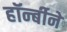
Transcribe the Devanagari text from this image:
हॉर्न्बीने